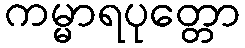
ကမ္မာရပုတ္တော